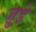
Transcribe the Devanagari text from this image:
जु़डे